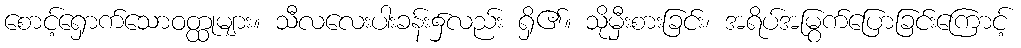
စောင့်ရှောက်သောဝတ္ထုများ။ သီလလေးပါးခန်း၌လည်း ရှိ၏။ သိုမှီးစားခြင်း၊ အရိပ်အမြွက်ပြောခြင်းကြောင့်